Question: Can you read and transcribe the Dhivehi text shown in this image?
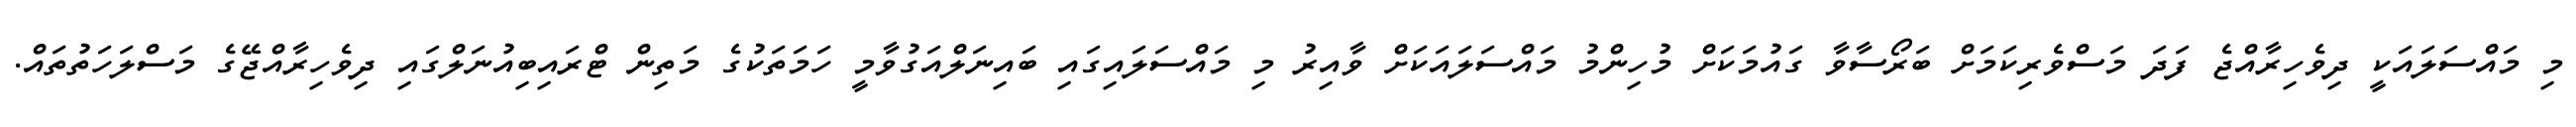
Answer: މި މައްސަލައަކީ ދިވެހިރާއްޖެ ފަދަ މަސްވެރިކަމަށް ބަރޯސާވާ ގައުމަކަށް މުހިންމު މައްސަލައަކަށް ވާއިރު މި މައްސަލައިގައި ބައިނަލްއަގުވާމީ ހަމަތަކުގެ މަތިން ޓްރައިބިއުނަލްގައި ދިވެހިރާއްޖޭގެ މަސްލަހަތުތައް.